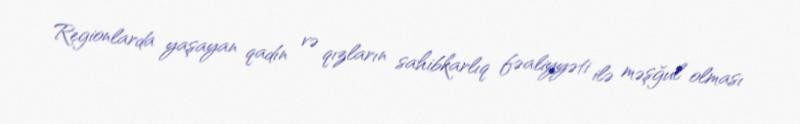
Regionlarda yaşayan qadın və qızların sahibkarlıq fəaliyyəti ilə məşğul olması